Annual report on the Civil Veterinary Department, Burma (including the Insein Veterinary School) - 1932-1941
Year: 1932
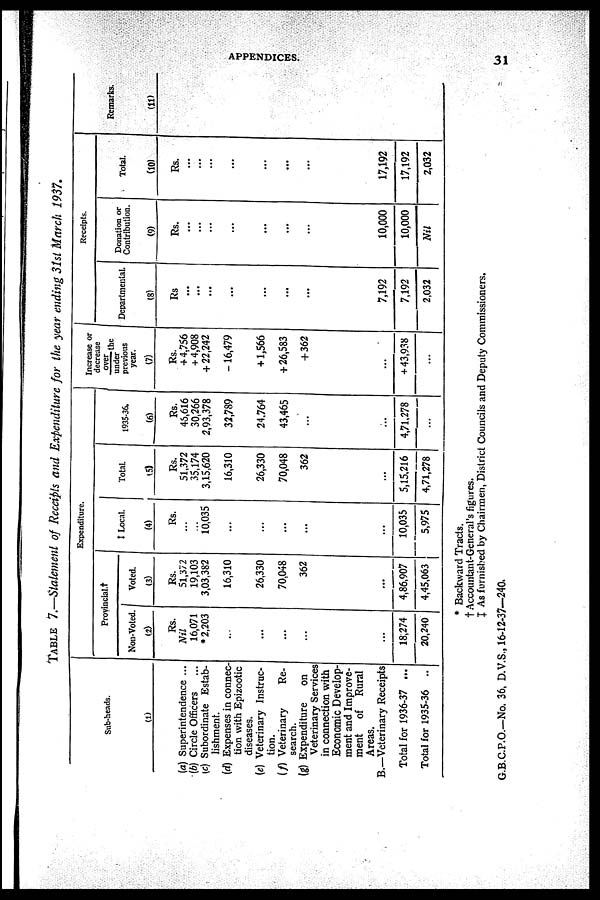
APPENDICES.
31
TABLE 7.—Statement of Receipts and Expenditure for the year ending 31st March 1937.
Sub-heads.
(1)
(a) Superintendence ...
(b) Circle Officers
...
(c) Subordinate Estab-
lishment.
(d) Expenses in connec-
tion with Epizootic
diseases.
(e) Veterinary Instruc-
tion.
(f) Veterinary
Re-
search.
(g) Expenditure
on
Veterinary Services
in connection with
Economic Develop-
ment and Improve-
ment
of Rural
Areas.
B.—Veterinary Receipts
Total for 1936-37 ...
Total for 1935-36 ..
Expenditure.
Provincial.†
Non-Voted.
(2)
Rs.
Nil
16,071
*2,203
...
...
...
...
...
18,274
20,240
Voted.
(3)
Rs.
51,372
19,103
3,03,382
16,310
26,330
70,048
362
...
4,86,907
4,45,063
† Local.
(4)
Rs.
...
...
10,035
...
...
...
...
...
10,035
5,975
Total.
(5)
Rs.
51,372
35,174
3,15,620
16,310
26,330
70,048
362
...
5,15,216
4,71,278
1935-36.
(6)
Rs.
46,616
30,266
2,93,378
32,789
24,764
43,465
...
...
4,71,278
...
Increase or
decrease
over the
under
previous
year.
(7)
Rs.
+ 4,756
+ 4,908
+ 22,242
- 16,479
+ 1,566
+ 26,583
+ 362
...
+ 43,938
...
Receipts.
Departmental.
(8)
Rs
...
...
...
...
...
...
...
7,192
7,192
2,032
Donation or
Contribution.
(9)
Rs.
...
...
...
...
...
...
...
10,000
10,000
Nil
Total.
(10)
Rs.
...
...
...
...
...
...
...
17,192
17,192
2,032
Remarks.
(11)
* Backward Tracts.
† Accountant-General's figures.
‡ As furnished by Chairmen, District Councils and Deputy Commissioners.
G.B.C.P.O.—No. 36, D.V.S., 16-12-37—240.